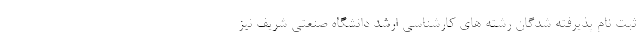
ثبت نام پذیرفته شدگان رشته های کارشناسی ارشد دانشگاه صنعتی شریف نیز